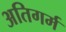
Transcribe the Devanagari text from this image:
अतिगर्म